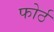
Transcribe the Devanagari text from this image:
फोर्ठ